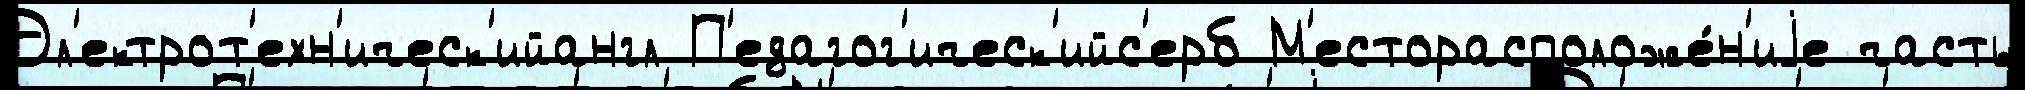
Эл'ектрот'ехн'ическ'ийангл П'едагог'ическ'ийс'ерб М'есторасположе́н'иjе часть